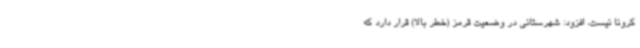
کرونا نیست، افزود: شهرستانی در وضعیت قرمز (خطر بالا) قرار دارد که